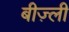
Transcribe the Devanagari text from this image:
बीज़्ली